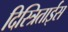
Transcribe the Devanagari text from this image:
दिस्त्रिताईस